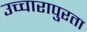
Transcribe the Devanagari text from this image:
उच्चारापुरता